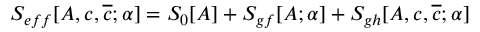
S _ { e f f } [ A , c , \overline { { { c } } } ; \alpha ] = S _ { 0 } [ A ] + S _ { g f } [ A ; \alpha ] + S _ { g h } [ A , c , \overline { { { c } } } ; \alpha ]